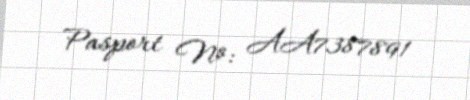
Pasport №: AA7387891